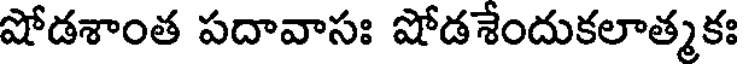
షోడశాంత పదావాసః షోడశేందుకలాత్మకః